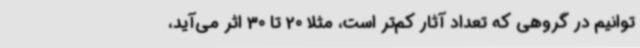
توانیم در گروهی که تعداد آثار کم‌تر است، مثلا 20 تا 30 اثر می‌آید،